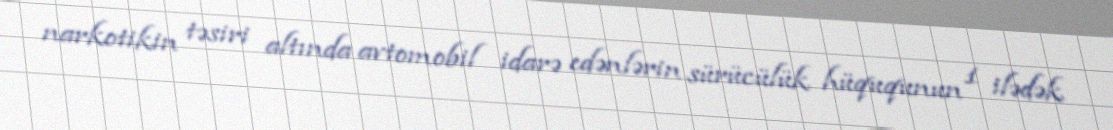
narkotikin təsiri altında avtomobil idarə edənlərin sürücülük hüququnun 1 ilədək